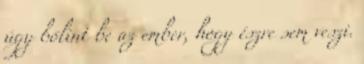
úgy bólint be az ember, hogy észre sem veszi.